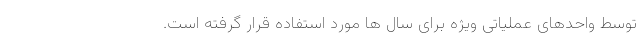
توسط واحدهای عملیاتی ویژه برای سال ها مورد استفاده قرار گرفته است.